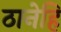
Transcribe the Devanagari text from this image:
ठानेहि